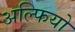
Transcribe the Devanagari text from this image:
अल्फियो